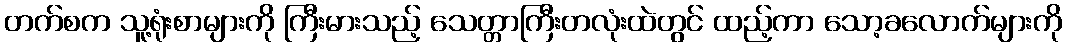
တက်စက သူ့ရုံးစာများကို ကြီးမားသည့် သေတ္တာကြီးတလုံးထဲတွင် ထည့်ကာ သော့ခလောက်များကို